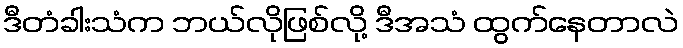
ဒီတံခါးသံက ဘယ်လိုဖြစ်လို့ ဒီအသံ ထွက်နေတာလဲ